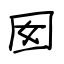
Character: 囡